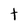
Character: t